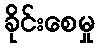
ခိုင်းစေမှု